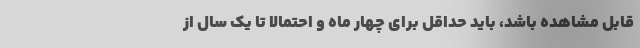
قابل مشاهده باشد، باید حداقل برای چهار ماه و احتمالا تا یک سال از